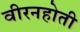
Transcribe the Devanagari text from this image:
वीरनहोती